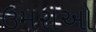
ઉમરાઓ